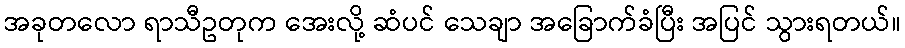
အခုတလော ရာသီဥတုက အေးလို့ ဆံပင် သေချာ အခြောက်ခံပြီး အပြင် သွားရတယ်။